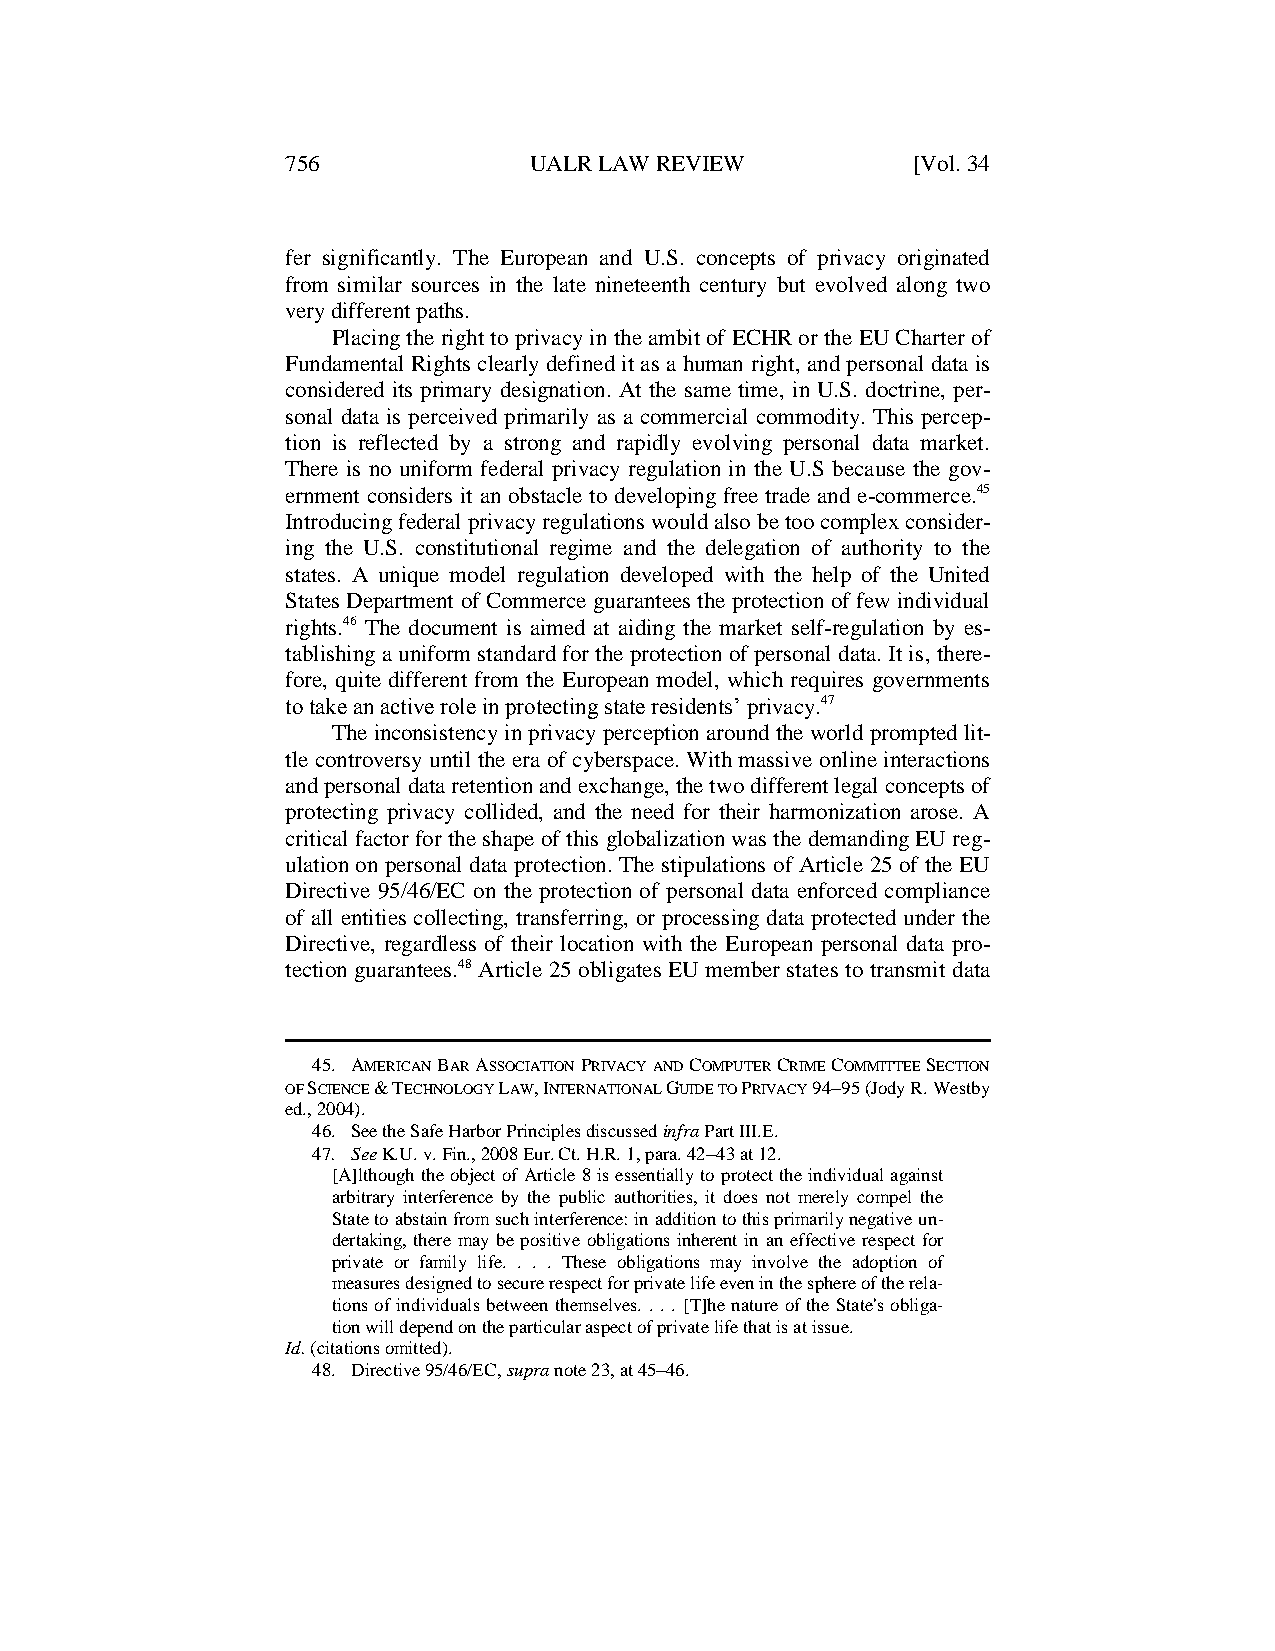
756             UALR LAW REVIEW          [Vol. 34
 fer significantly. The European and U.S. concepts of privacy originated
 from similar sources in the late nineteenth century but evolved along two
 very different paths.
 Placing the right to privacy in the ambit of ECHR or the EU Charter of
 Fundamental Rights clearly defined it as a human right, and personal data is
 considered its primary designation. At the same time, in U.S. doctrine, per-
 sonal data is perceived primarily as a commercial commodity. This percep-
 tion is reflected by a strong and rapidly evolving personal data market.
 There is no uniform federal privacy regulation in the U.S because the gov-
 ernment considers it an obstacle to developing free trade and e-commerce.45
 Introducing federal privacy regulations would also be too complex consider-
 ing the U.S. constitutional regime and the delegation of authority to the
 states. A unique model regulation developed with the help of the United
 States Department of Commerce guarantees the protection of few individual
 rights.46 The document is aimed at aiding the market self-regulation by es-
 tablishing a uniform standard for the protection of personal data. It is, there-
 fore, quite different from the European model, which requires governments
 to take an active role in protecting state residents’ privacy.47
 The inconsistency in privacy perception around the world prompted lit-
 tle controversy until the era of cyberspace. With massive online interactions
 and personal data retention and exchange, the two different legal concepts of
 protecting privacy collided, and the need for their harmonization arose. A
 critical factor for the shape of this globalization was the demanding EU reg-
 ulation on personal data protection. The stipulations of Article 25 of the EU
 Directive 95/46/EC on the protection of personal data enforced compliance
 of all entities collecting, transferring, or processing data protected under the
 Directive, regardless of their location with the European personal data pro-
 tection guarantees.48 Article 25 obligates EU member states to transmit data
 45. AMERICAN BAR ASSOCIATION PRIVACY AND COMPUTER CRIME COMMITTEE SECTION
 OF SCIENCE & TECHNOLOGY LAW, INTERNATIONAL GUIDE TO PRIVACY 9495 (Jody R. Westby
 ed., 2004).
 46. See the Safe Harbor Principles discussed infra Part III.E.
 47. See K.U. v. Fin., 2008 Eur. Ct. H.R. 1, para. 4243 at 12.
 [A]lthough the object of Article 8 is essentially to protect the individual against
 arbitrary interference by the public authorities, it does not merely compel the
 State to abstain from such interference: in addition to this primarily negative un-
 dertaking, there may be positive obligations inherent in an effective respect for
 private or family life. . . . These obligations may involve the adoption of
 measures designed to secure respect for private life even in the sphere of the rela-
 tions of individuals between themselves. . . . [T]he nature of the State's obliga-
 tion will depend on the particular aspect of private life that is at issue.
 Id. (citations omitted).
 48. Directive 95/46/EC, supra note 23, at 45–46.